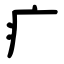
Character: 疒